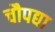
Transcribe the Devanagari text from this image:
चौपद्या